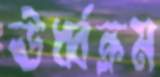
ঊর্ধ্বক্রম